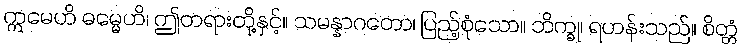
ဣမေဟိ ဓမ္မေဟိ၊ ဤတရားတို့နှင့်။ သမန္နာဂတော၊ ပြည့်စုံသော။ ဘိက္ခု၊ ရဟန်းသည်။ စိတ္တံ